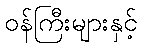
ဝန်ကြီးများနှင့်